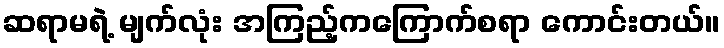
ဆရာမရဲ့ မျက်လုံး အကြည့်ကကြောက်စရာ ကောင်းတယ်။